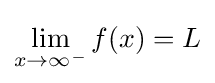
\lim _{x\to \infty ^{-}}{f(x)}=L